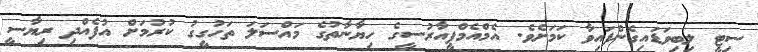
ސިޓީ ލިބިވަޑައިގެންފައިވާ ކަމަށެވެ. އެމްއެމްޕީއާރުސީގެ ހިޔާނާތުގެ މައްސަލަ ތަހުގީގު ކުރުމަށް އުފެއްދި ރިޔާސީ